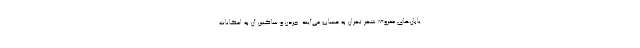
یابان‌های معروف شهر تهران به حساب می‌آیند. جردن و ساکنین آن به امکانات